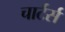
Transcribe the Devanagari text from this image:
चार्टर्स